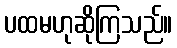
ပထမဟုဆိုကြသည်။